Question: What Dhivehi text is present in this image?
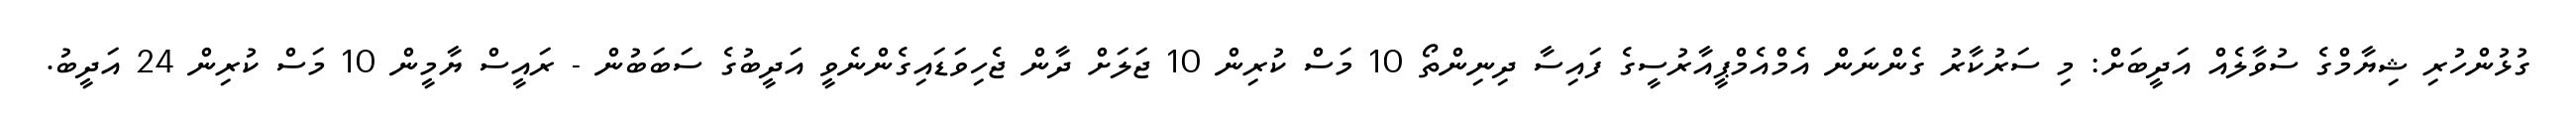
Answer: ގުޅުންހުރި ޝިޔާމްގެ ސުވާލެއް އަދީބަށް: މި ސަރުކާރު ގެންނަން އެމްއެމްޕީއާރުސީގެ ފައިސާ ދިނިންތޯ 10 މަސް ކުރިން 10 ޖަލަށް ދާން ޖެހިވަޑައިގެންނެވީ އަދީބުގެ ސަބަބުން - ރައީސް ޔާމީން 10 މަސް ކުރިން 24 އަދީބު.